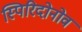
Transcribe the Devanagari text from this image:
स्पिरिदोनोव